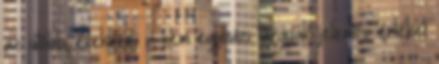
az utóbbi években, a nem egyházi tárgyak jelentős értéket